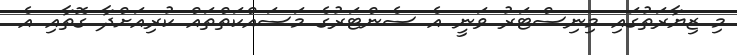
މި ޒިޔާރަތުގައި މިނިސްޓަރު ވަނީ އެ ސެންޓަރުގެ މަސައްކަތްތައް ކުރިއަށްދާ ގޮތާއި އެ